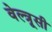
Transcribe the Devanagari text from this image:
वेल्त्रूसी